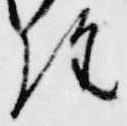
経